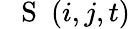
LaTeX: \mathrm{~{~\mathbf~S~}~}(i,j,t)